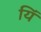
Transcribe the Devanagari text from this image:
यिं